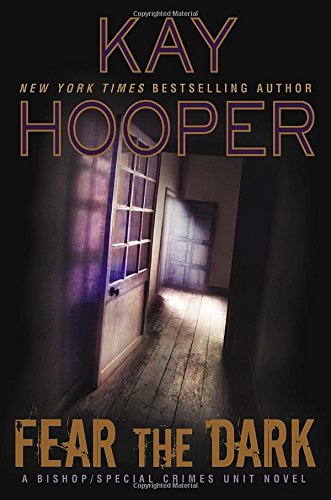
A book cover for Fear the Dark: A Bishop/Special Crimes Unit Novel (A Bishop/SCU Novel); Kay Hooper; Mystery, Thriller & Suspense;